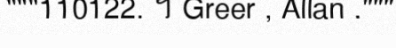
"""110122. ។ Greer , Allan ."""